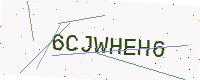
Text: 6CJWHEH6